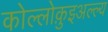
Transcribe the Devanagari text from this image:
कोल्लोक़ुइअल्ल्य